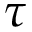
\tau